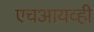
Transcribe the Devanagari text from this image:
एचआयव्ही